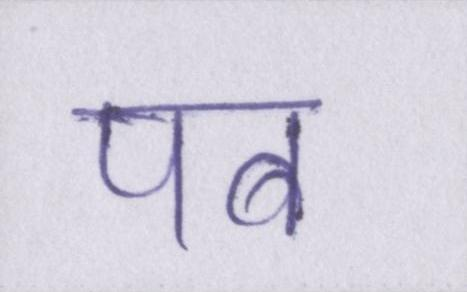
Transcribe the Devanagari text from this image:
पब